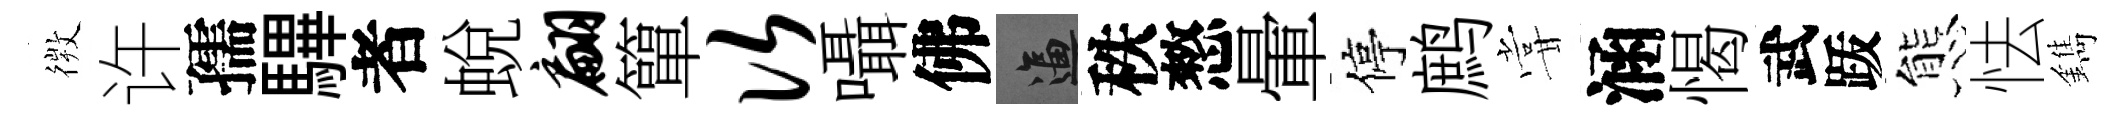
𢕄许孺驆者蛻翩簞次囁佛逼秩憗暈停鹧甞涵愒武䟦態怯鐫